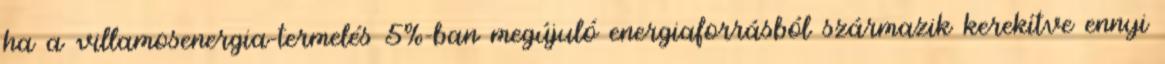
ha a villamosenergia-termelés 5%-ban megújuló energiaforrásból származik kerekítve ennyi